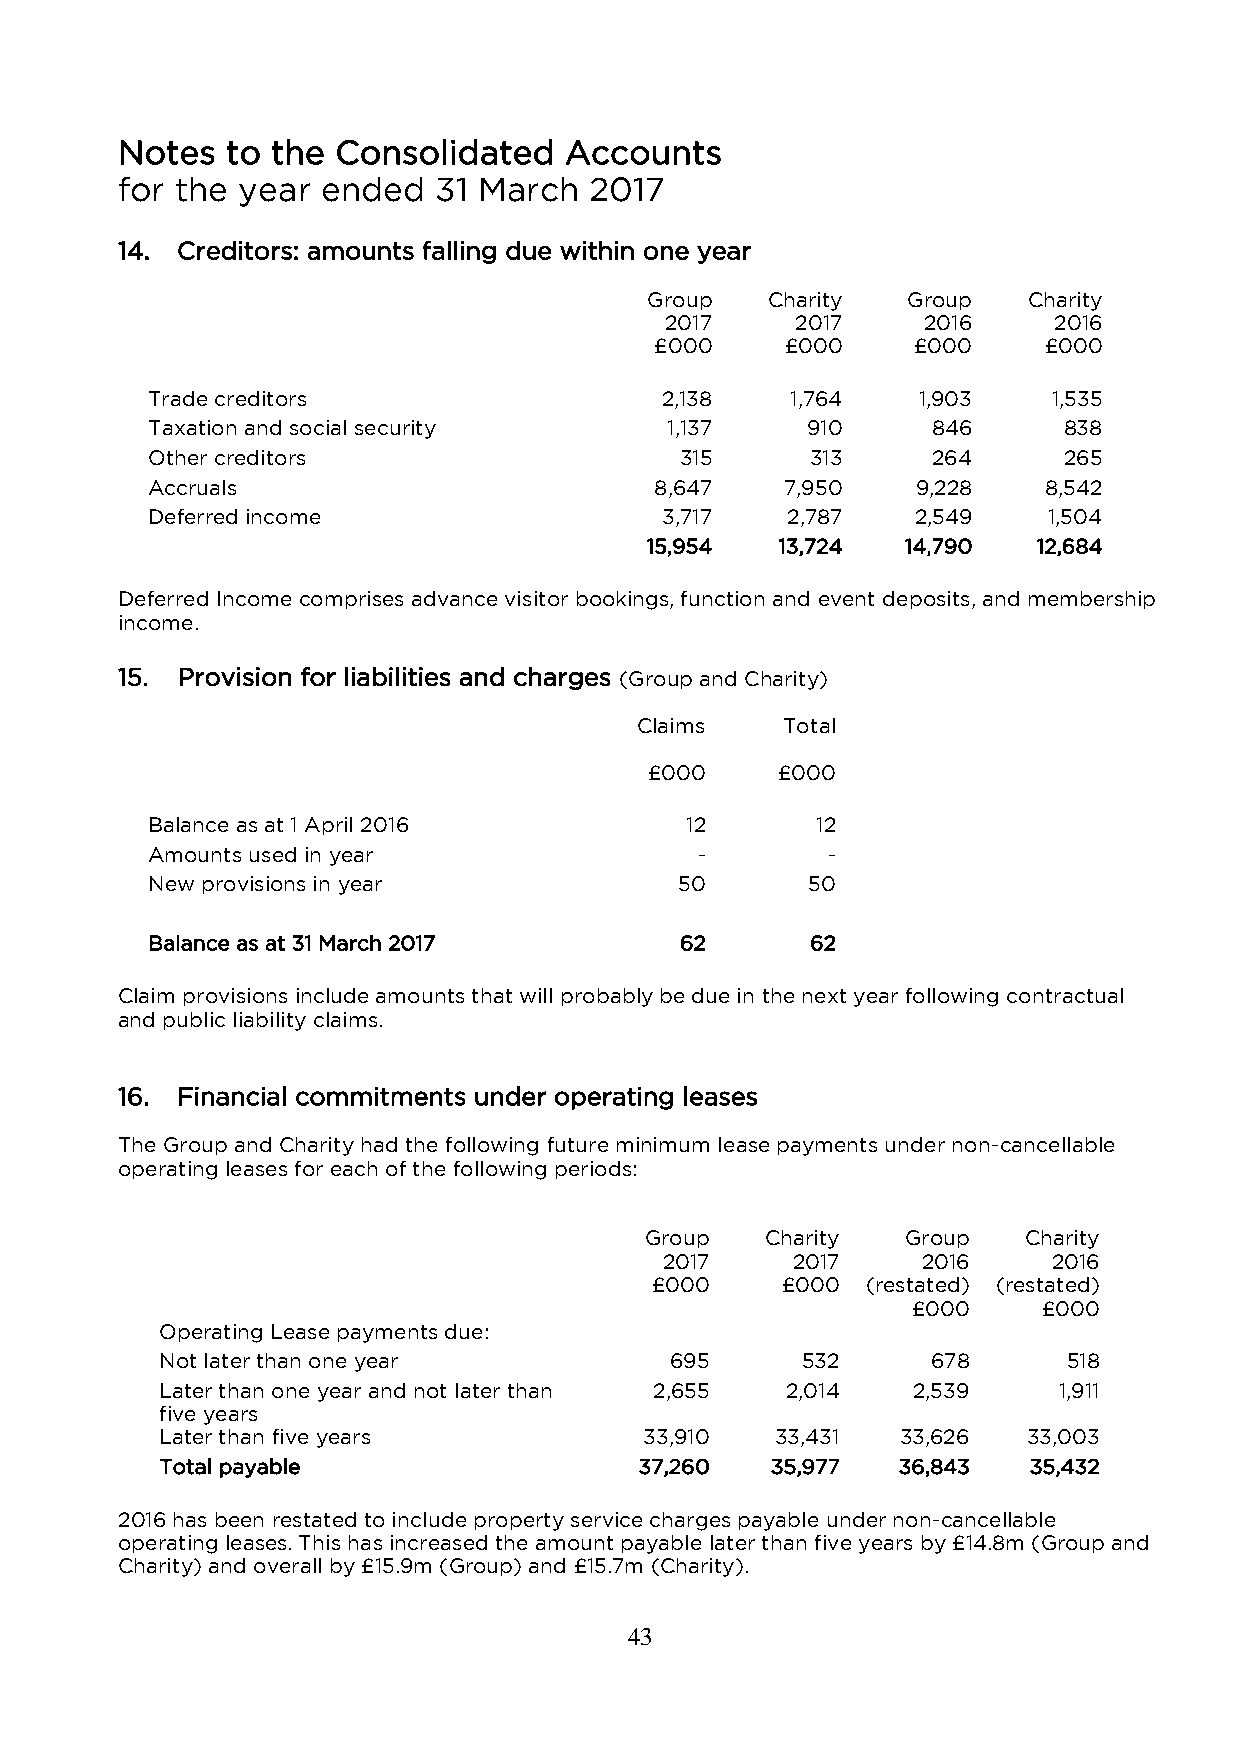
Notes  to the Consolidated   Accounts
 for the year ended   31 March  2017
 14. Creditors: amounts falling due within one year
 Group   Charity  Group   Charity
 2017     2017    2016     2016
 £000     £000     £000    £000
 Trade creditors                   2,138   1,764    1,903    1,535
 Taxation and social security      1,137    910      846     838
 Other creditors                    315      313     264     265
 Accruals                         8,647    7,950    9,228   8,542
 Deferred income                   3,717   2,787    2,549   1,504
 15,954   13,724  14,790   12,684
 Deferred Income comprises advance visitor bookings, function and event deposits, and membership
 income.
 15. Provision for liabilities and charges (Group and Charity)
 Claims    Total
 £000    £000
 Balance as at 1 April 2016         12       12
 Amounts used in year                -        -
 New provisions in year             50      50
 Balance as at 31 March 2017        62       62
 Claim provisions include amounts that will probably be due in the next year following contractual
 and public liability claims.
 16. Financial commitments under operating leases
 The Group and Charity had the following future minimum lease payments under non-cancellable
 operating leases for each of the following periods:
 Group   Charity  Group   Charity
 2017    2017     2016     2016
 £000     £000 (restated) (restated)
 £000     £000
 Operating Lease payments due:
 Not later than one year          695      532      678      518
 Later than one year and not later than 2,655 2,014 2,539   1,911
 five years
 Later than five years           33,910  33,431   33,626  33,003
 Total payable                  37,260   35,977  36,843   35,432
 2016 has been restated to include property service charges payable under non-cancellable
 operating leases. This has increased the amount payable later than five years by £14.8m (Group and
 Charity) and overall by £15.9m (Group) and £15.7m (Charity).
 43